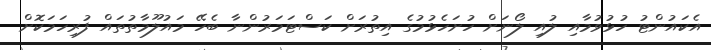
އެކައުންޓު ހުޅުވުމާއި ލުއި ލޯނަށް ހުށަހެޅުމުގެ އިތުރަށް ކަސްޓަމަރުންނާ ބެހޭ މައުލޫމާތުތައް ފުރިހަމަކޮށް